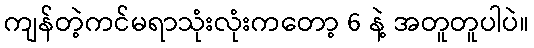
ကျန်တဲ့ကင်မရာသုံးလုံးကတော့ 6 နဲ့ အတူတူပါပဲ။